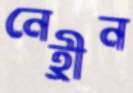
নেহ্রীন